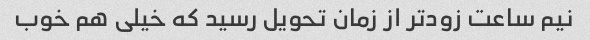
نیم ساعت زودتر از زمان تحویل رسید که خیلی هم خوب